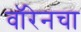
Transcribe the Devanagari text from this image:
वॉरेनचा